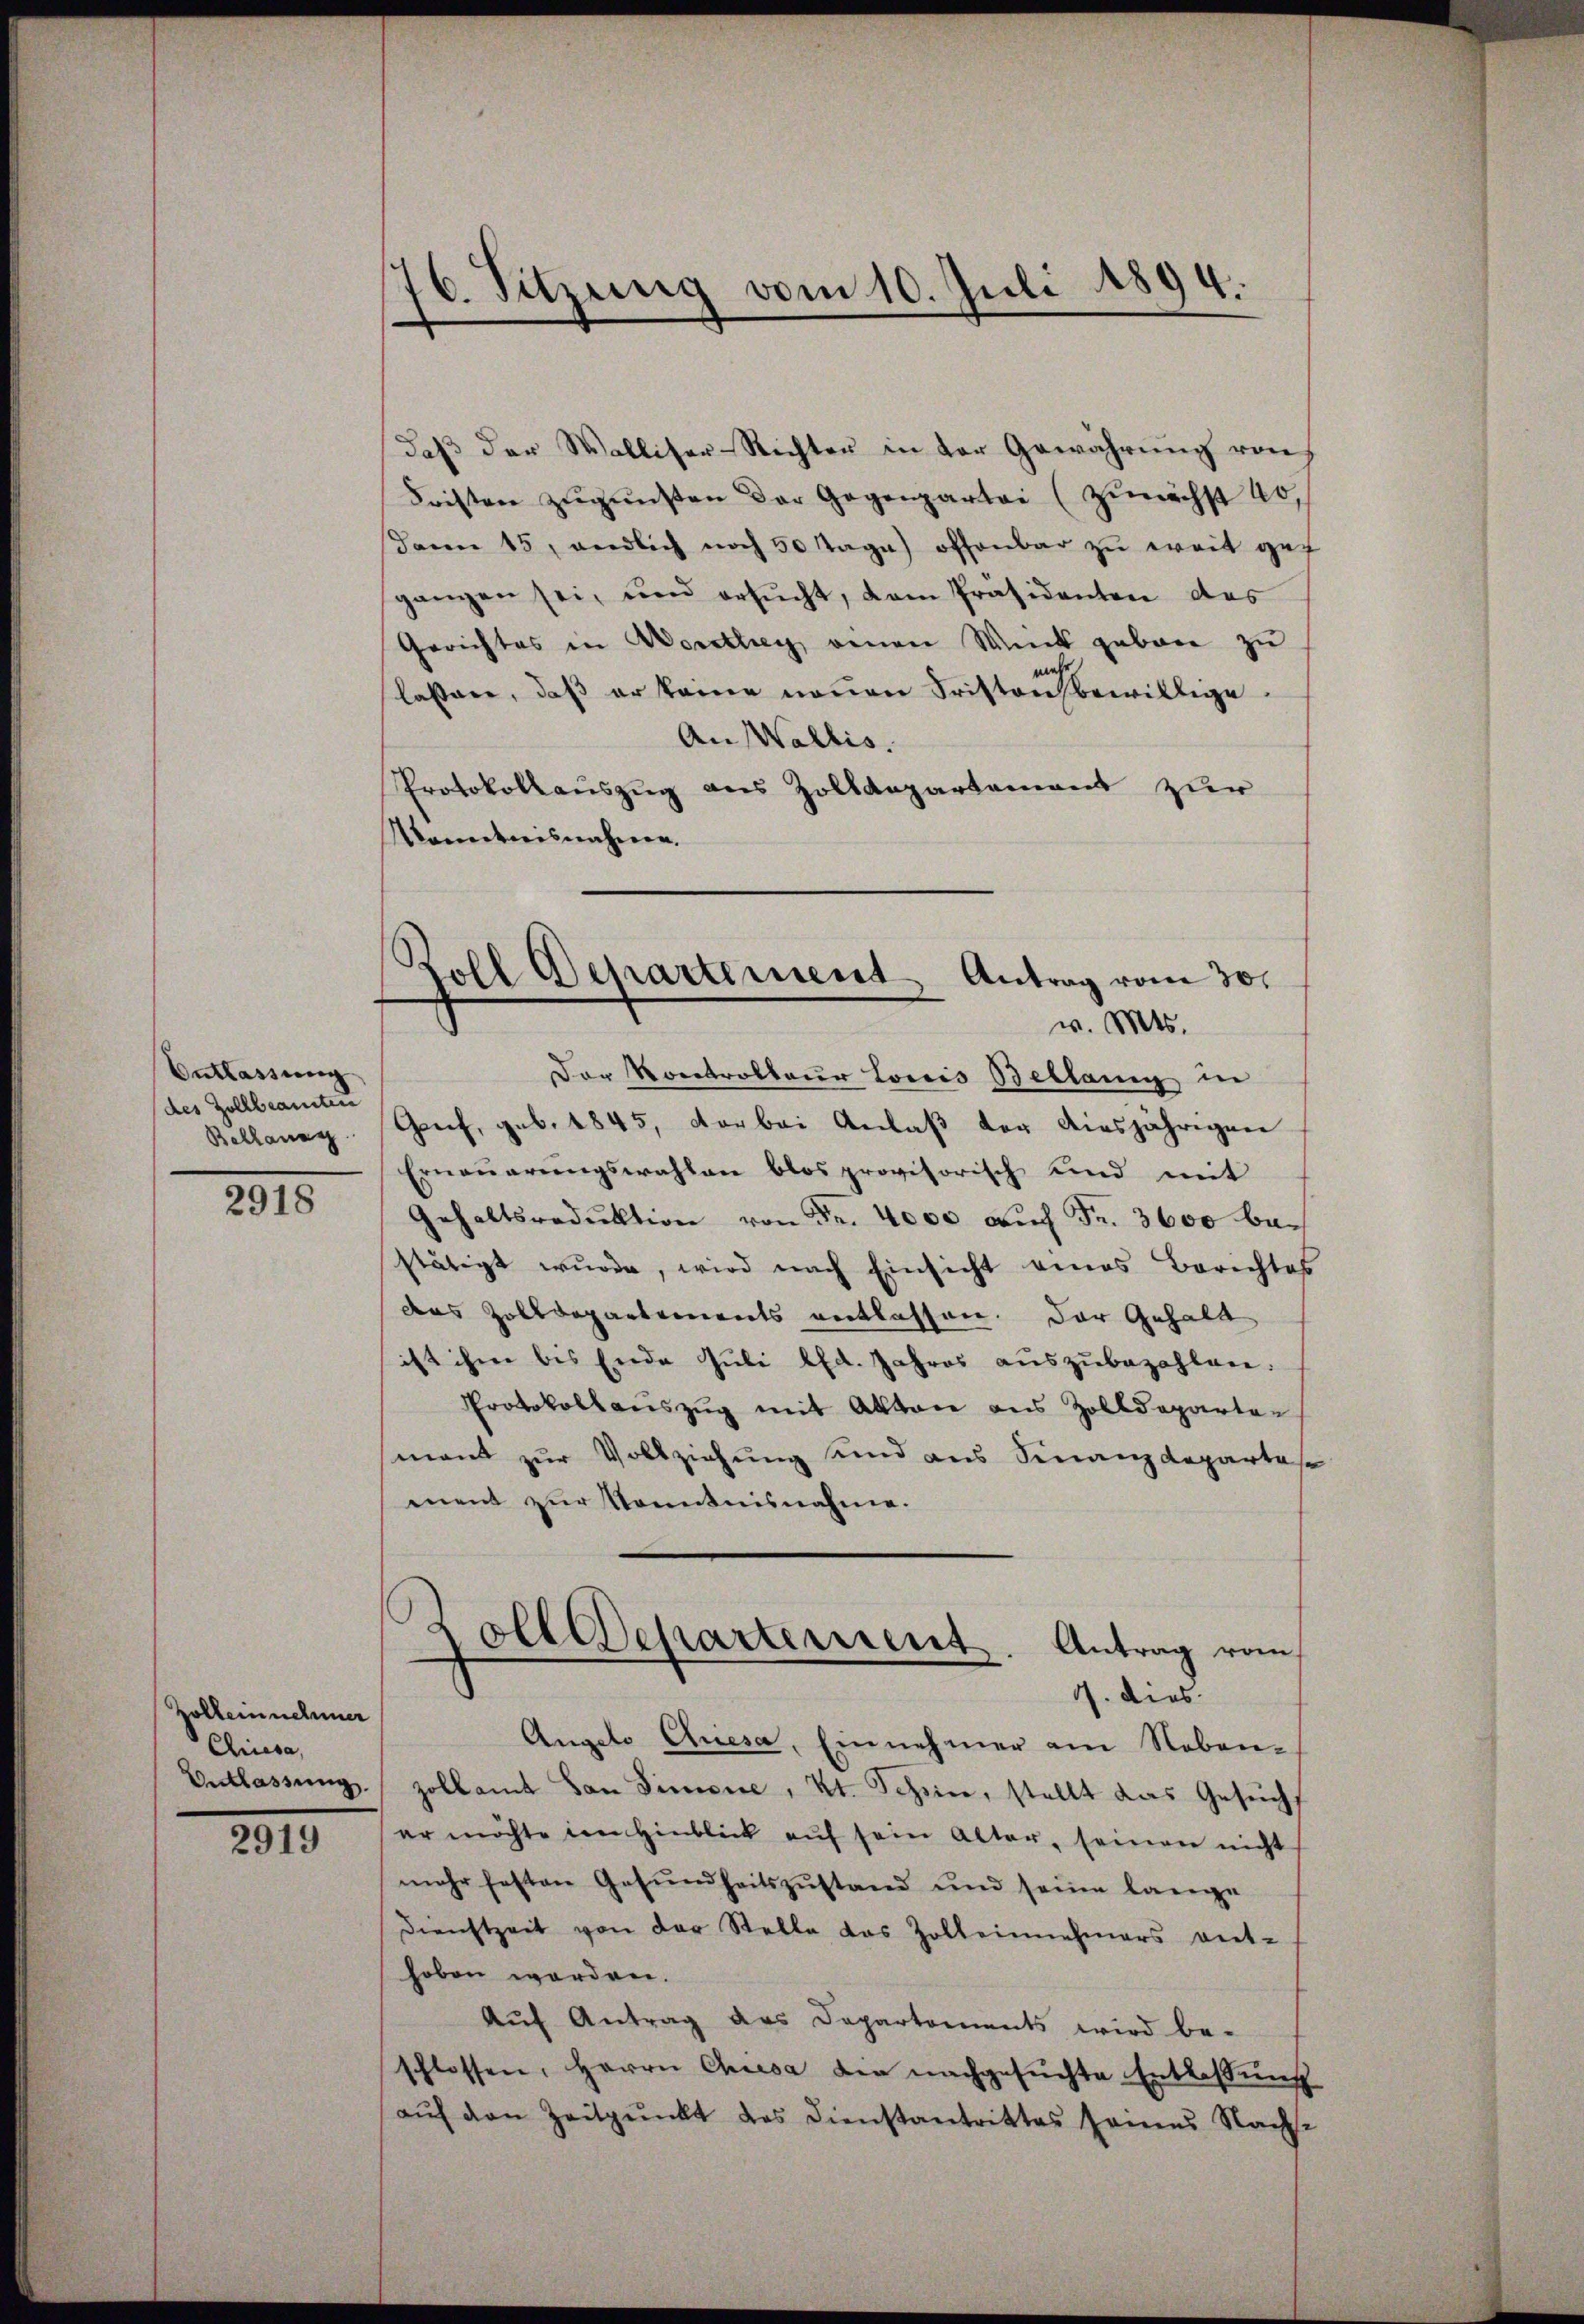
Entlassung
des Zollbeamten
Bellang

2918

Zollein nehmer
Chiesa,
Entlassung.

2919

76. Sitzung vom 10. Juli 1894.

Roll Departement Antrag vom 30.
v. Mts.

daß der Walliser-Richter in der Gewährung von
Fristen zŭgŭnsten der Gegenpartei (zŭnächst 40.
dann 15, endlich noch 50 Tage offenbar zŭ weit gef
ganzen sei, und ersŭcht, dem Präsidenten des
Gerichtes in Worthey einen Wick geborn zu
mehr
lassen, daß er keine neuen Fristen bewillige.
An Wallis.
Protokollauszug aus Zolldepartement zur
Mkanntnisnahmen.
Der Koretrakteur Loris Bellang in
Genf, geb. 1845, vorbei Anlaß der diesjährigen
Erneṅerŭngswahlen blos provisorisch und mit
Gehaltsredŭktion von Fr. 4000 auf Fr. 3600 bestätigt wŭrde, wird nach Einsicht eines Berichtes
das Zolldepartements entlassen. Der Gehalt
ist ihm bis Ende Juli lfd. Jahres auszubezahlen.
Protokollauszug mit Akten aus Zolldepartemant zur Vollziehung und aus Finanzdepartese
ment zur Kenntnisnahme.
Zolldepartement. Antrag vom
9. dies
Angelo Qriesa, Einnehmer am Neben-
zollamt an Simone, Kt. Schein, stellt das Gesuch
er möchte im Hinblick aŭf sein Alter, seinen nicht
mehr festen Gesŭndheitszŭstand und seine lange
Dienstzeit von der Stelle das Zolleinnehmers ent-
hoben worden.
Auf Antrag des Departements wird be-
schlossen, Herrn Chiesa die nachgesuchte Entlassung
aŭf den Zeitpunkt des Dienstantrittes seines Nachse